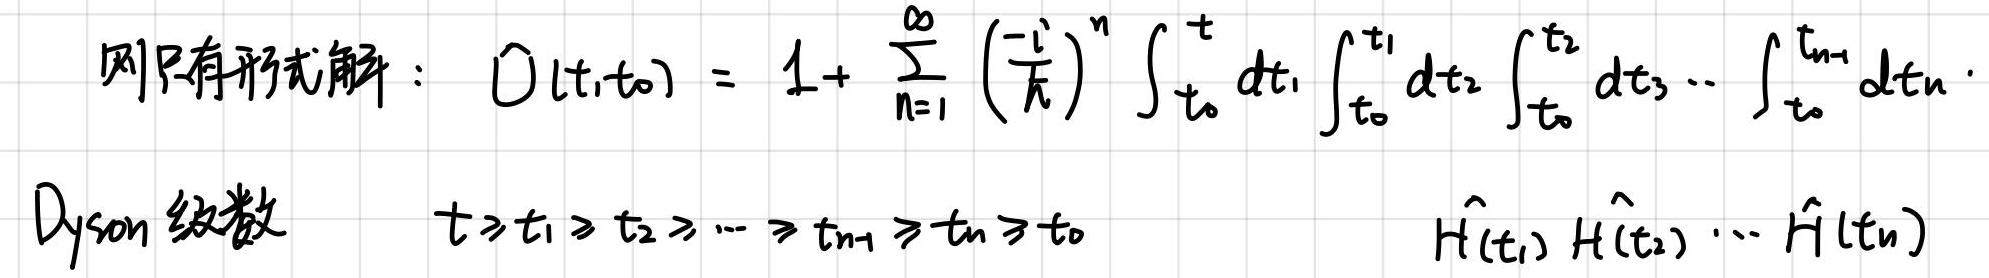
则只有形式解： \(\hat{U}(t,t_0)=1+\sum_{n = 1}^{\infty}\left(\frac{-i}{\hbar}\right)^n\int_{t_0}^{t}dt_1\int_{t_0}^{t_1}dt_2\int_{t_0}^{t_2}dt_3\cdots\int_{t_0}^{t_{n - 1}}dt_n\cdot\)

Dyson 级数 \(\quad t\geqslant t_1\geqslant t_2\geqslant\cdots\geqslant t_{n - 1}\geqslant t_n\geqslant t_0\quad\hat{H}(t_1)\hat{H}(t_2)\cdots\hat{H}(t_n)\)